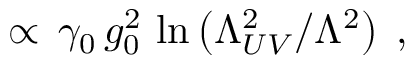
\propto \, \gamma _ { 0 } \, g _ { 0 } ^ { 2 } \, \ln \left( \Lambda _ { U V } ^ { 2 } / \Lambda ^ { 2 } \right) \; ,